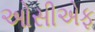
ઓસીએફ